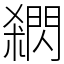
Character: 閷